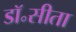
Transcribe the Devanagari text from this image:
डॉ॰सीता